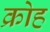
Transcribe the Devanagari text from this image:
क्रोह